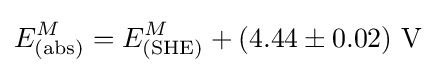
E_{\rm {(abs)}}^{M}=E_{\rm {(SHE)}}^{M}+(4.44\pm 0.02)\ {\mathrm {V} }